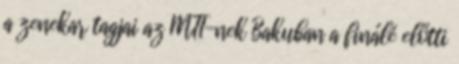
a zenekar tagjai az MTI-nek Bakuban a finálé előtti